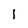
Character: 1